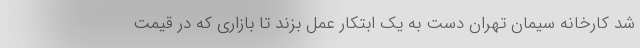
شد کارخانه سیمان تهران دست به یک ابتکار عمل بزند تا بازاری که در قیمت